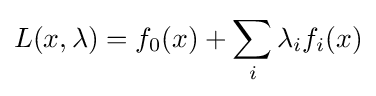
L(x,\lambda )=f_{0}(x)+\sum _{i}\lambda _{i}f_{i}(x)